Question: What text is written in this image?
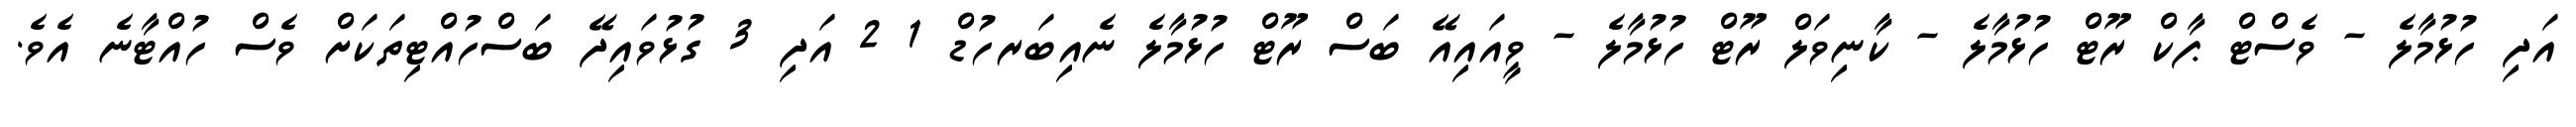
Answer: އަދި ހުޅުމާލެ - ވެސްޓް ޕާކް ރޫޓް ހުޅުމާލެ - ކާނިވަލް ރޫޓް ހުޅުމާލެ - ވީއައިއޭ ބަސް ރޫޓް ހުޅުމާލެ ނެއިބަރހުޑް 1 2 އަދި 3 ގުޅުވައިދޭ ބަސްހުއްޓިތަކަށް ވެސް ހުއްޓާނެ އެވެ.